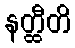
နတ္ထီတိ